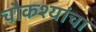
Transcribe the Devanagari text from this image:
चौकश्यांचा